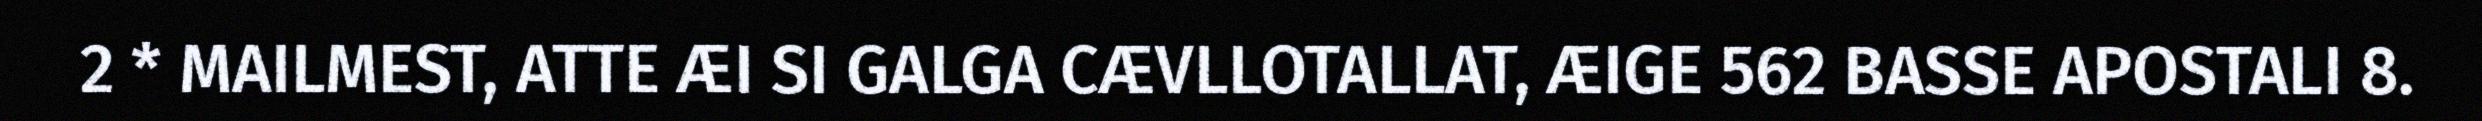
2 * MAILMEST, ATTE ÆI SI GALGA CÆVLLOTALLAT, ÆIGE 562 BASSE APOSTALI 8.